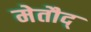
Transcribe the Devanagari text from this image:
मेतौद्